Annual report on the working of the lock hospitals in the Central Provinces
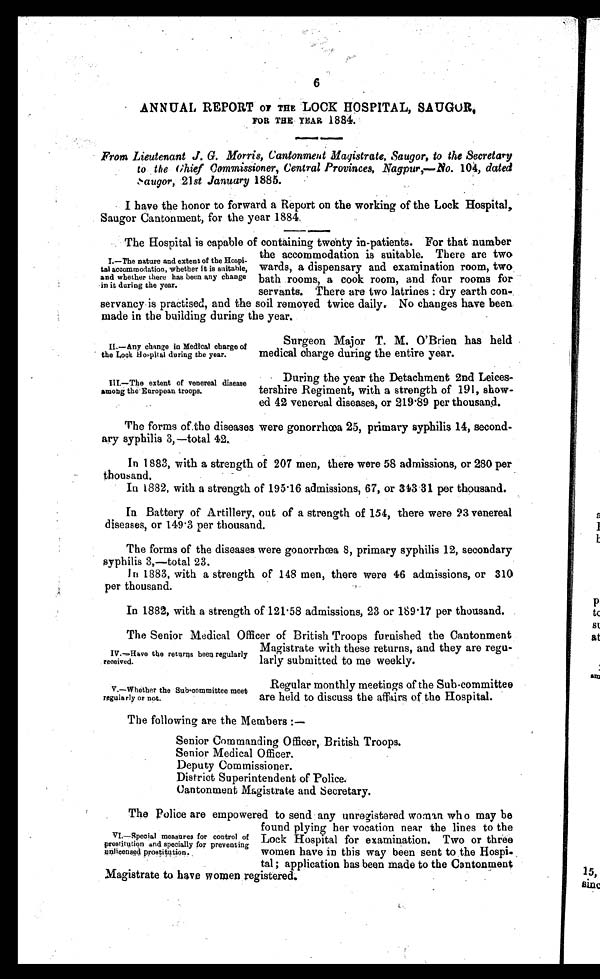
II.—Any change in Medical charge of
the Lock Hospital during the year.
III.—The extent of venereal disease
amon g the European troops.
V.—Whether the Sub-committee meet
regularly or not.
6
ANNUAL REPORT OF THE LOCK HOSPITAL, SAUGUR,
FOR THE YEAR 1884.
From Lieutenant J. G. Morris, Cantonment Magistrate, Saugor, to the Secretary
to the Chief Commissioner, Central Provinces, Nagpur,—No. 104, dated
S a u g o r ,
2 1
s t J a n u a r y
1 8 8 5
.
I have the honor to forward a Report on the working of the Lock Hospital,
Saugor Cantonment, for the year 1884.
The Hospital is capable of containing twenty in-patients. For that number
the accommodation is suitable. There are two
wards, a dispensary and examination room, two
bath rooms, a cook room, and four rooms for
servants. There are two latrines : dry earth con
- s e r v a n c y i s p r a c t i s e d , a n d t h e s o i l r e m o v e d t w i c e d a i l y . N o c h a n g e s h a v e b e e n
made in the building during the year.
I.—The nature and extent of the Hospi-
tal accommodation, whether it is suitable,
and whether there has been any change
in it during the year.
Surgeon Major T. M. O'Brien has held
medical charge during the entire year.
During the year the Detachment 2nd Leices-
tershire Regiment, with a strength of 191, show-
ed 42 venereal diseases, or 219 .89 per thousand.
The forms of the diseases were gonorrhœa 25, primary syphilis 14, second-
ary syphilis 3,—total 42.
In 1883, with a strength of 207 men, there were 58 admissions, or 280 per
thousand.
In 1882, with a strength of 195 . 16 admissions, 67, or 343 .31 per thousand.
In Battery of Artillery, out of a strength of 154, there were 23 venereal
diseases, or 149 . 3 per thousand.
The forms of the diseases were gonorrhœa 8, primary syphilis 12, secondary
syphilis 3,—total 23.
In 1883, with a strength of 148 men, there were 46 admissions, or 310
per thousand.
In 1882, with a strength of 121 . 58 admissions, 23 or 189·17 per thousand.
The Senior Medical Officer of British Troops furnished the Cantonment
Magistrate with these returns, and they are regu-
larly submitted to me weekly.
IV.—Have the returns been regularly
received.
Regular monthly meetings of the Sub-committee
are held to discuss the affairs of the Hospital.
The following are the Members :—
Senior Commanding Officer, British Troops.
Senior Medical Officer.
Deputy Commissioner.
District Superintendent of Police.
Cantonment Magistrate and Secretary.
The Police are empowered to send any unregistered woman who may be
found plying her vocation near the lines to the
Lock Hospital for examination. Two or three
women have in this way been sent to the Hospi
- tal; application has been made to the Cantonment
Magistrate to have women registered.
VI.—Special measures for control of
prostitution and specially for preventing
unlicensed prostitution.